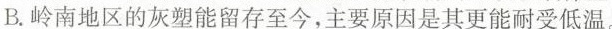
B.岭南地区的灰塑能留存至今，主要原因是其更能丽受低温。